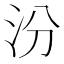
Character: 汾